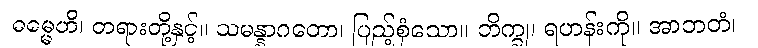
ဓမ္မေဟိ၊ တရားတို့နှင့်။ သမန္နာဂတော၊ ပြည့်စုံသော။ ဘိက္ခု၊ ရဟန်းကို။ အာဘတံ၊